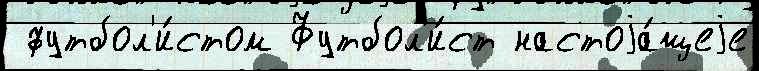
 футбол'и́стом Футбол'и́ст настоjа́щеjе